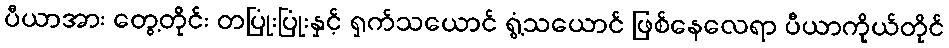
ပီယာအား တွေ့တိုင်း တပြုံးပြုံးနှင့် ရှက်သယောင် ရွံ့သယောင် ဖြစ်နေလေရာ ပီယာကိုယ်တိုင်